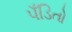
પઁડિતો